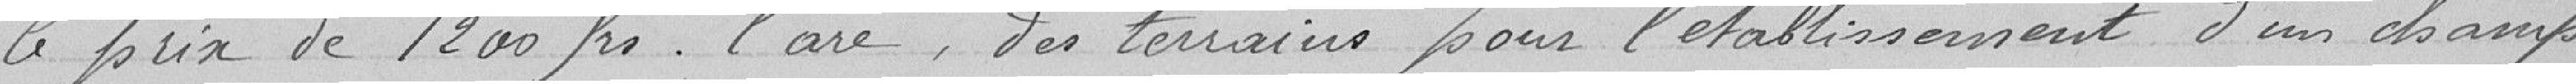
le prix de 1200 francs l'are, des terrains pour l'établissement d'un champs